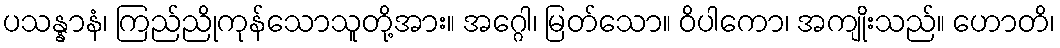
ပသန္နာနံ၊ ကြည်ညိုကုန်သောသူတို့အား။ အဂ္ဂေါ၊ မြတ်သော။ ဝိပါကော၊ အကျိုးသည်။ ဟောတိ၊